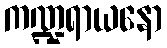
ကဏ္ဍရာယနော